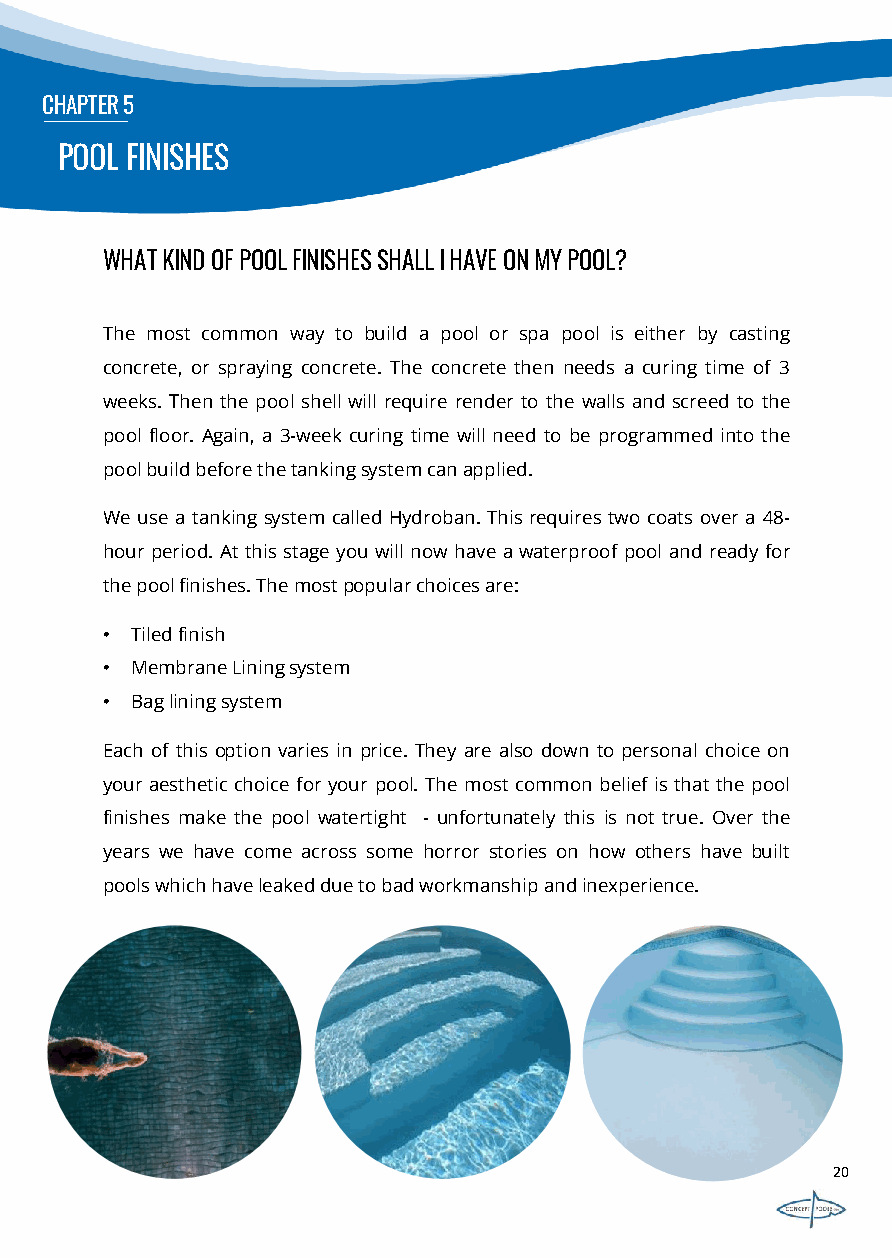
CHAPTER5
 POOL FINISHES
 WHATKINDOFPOOLFINISHESSHALLIHAVEONMYPOOL?
 The most common way to build a pool or spa pool is either by casting
 concrete, or spraying concrete. The concrete then needs a curing time of 3
 weeks. Then the pool shell will require render to the walls and screed to the
 pool floor. Again, a 3-week curing time will need to be programmed into the
 poolbuildbeforethetankingsystemcanapplied.
 We use a tanking system called Hydroban. Thisrequirestwo coats over a 48-
 hourperiod. At this stage you will now have awaterproof pool and ready for
 thepoolfinishes.Themostpopularchoicesare:
 • Tiledfinish
 • MembraneLiningsystem
 • Bagliningsystem
 Each of this option varies in price. They are also down to personal choice on
 your aesthetic choice for your pool. The most common belief is that the pool
 finishes make the pool watertight - unfortunately this is not true. Over the
 years we have come across some horror stories on how others have built
 poolswhichhaveleakedduetobadworkmanshipandinexperience.
 20